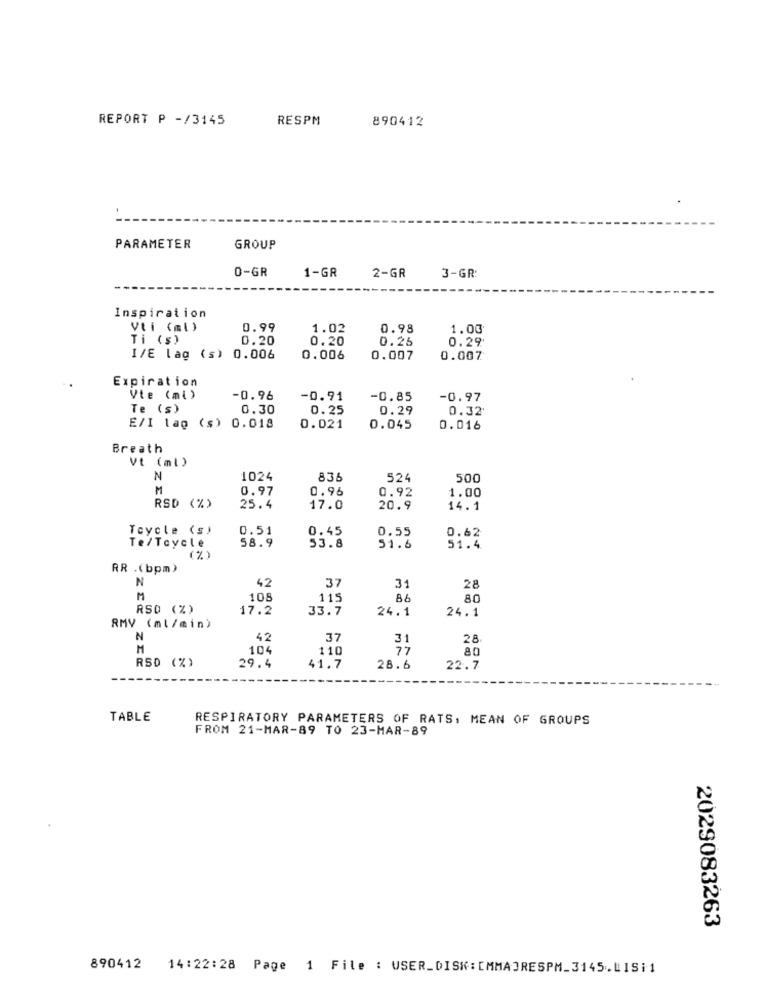
REPORT P -/3145
RESPM
890412
PARAMETER
GROUP
0-GR
1-GR
3-GR
2-GR
Inspiration
Vti (ml)
0.99
1.02
0.98
1.00
Ti (s)
0.20
0.20
0.25
0.29
I/E lag (s) 0.006
0.006
0.007
0.007
Expiration
Vte (mi)
-0.96
-0.91
-0.85
-0.97
Te (s)
0.30
0.25
0.29
0.32
E/I lag (s) 0.018
0.021
0.045
0.016
Breath
Vt (ml)
N
1024
836
524
500
M
0.97
0.96
0.92
1.00
RSD (%)
25.4
17.0
20.9
14.1
Tcycle (s)
0.45
0.55
Te/Tcycle
0.51
53.8
0.62
58.9
51.6
51.4
(%)
RR .(bpm)
N
31
42
37
28
M
108
115
86
80
RSO (%)
17.2
33.7
24.1
24.1
RMV (ml/min)
N
42
37
31
28
M
104
110
77
RSD (%)
29.4
41.7
28.6
22.7
TABLE
RESPIRATORY PARAMETERS OF RATS, MEAN OF GROUPS
FROM 21-MAR-89 TO 23-MAR-89
2029083263
890412
14:22:28 Page 1 File : USER_DISK: [MMADRESPM_3145.WISi1